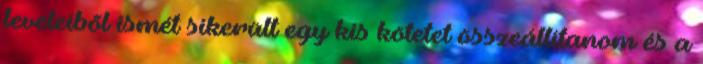
leveleibõl ismét sikerült egy kis kötetet összeállítanom és a